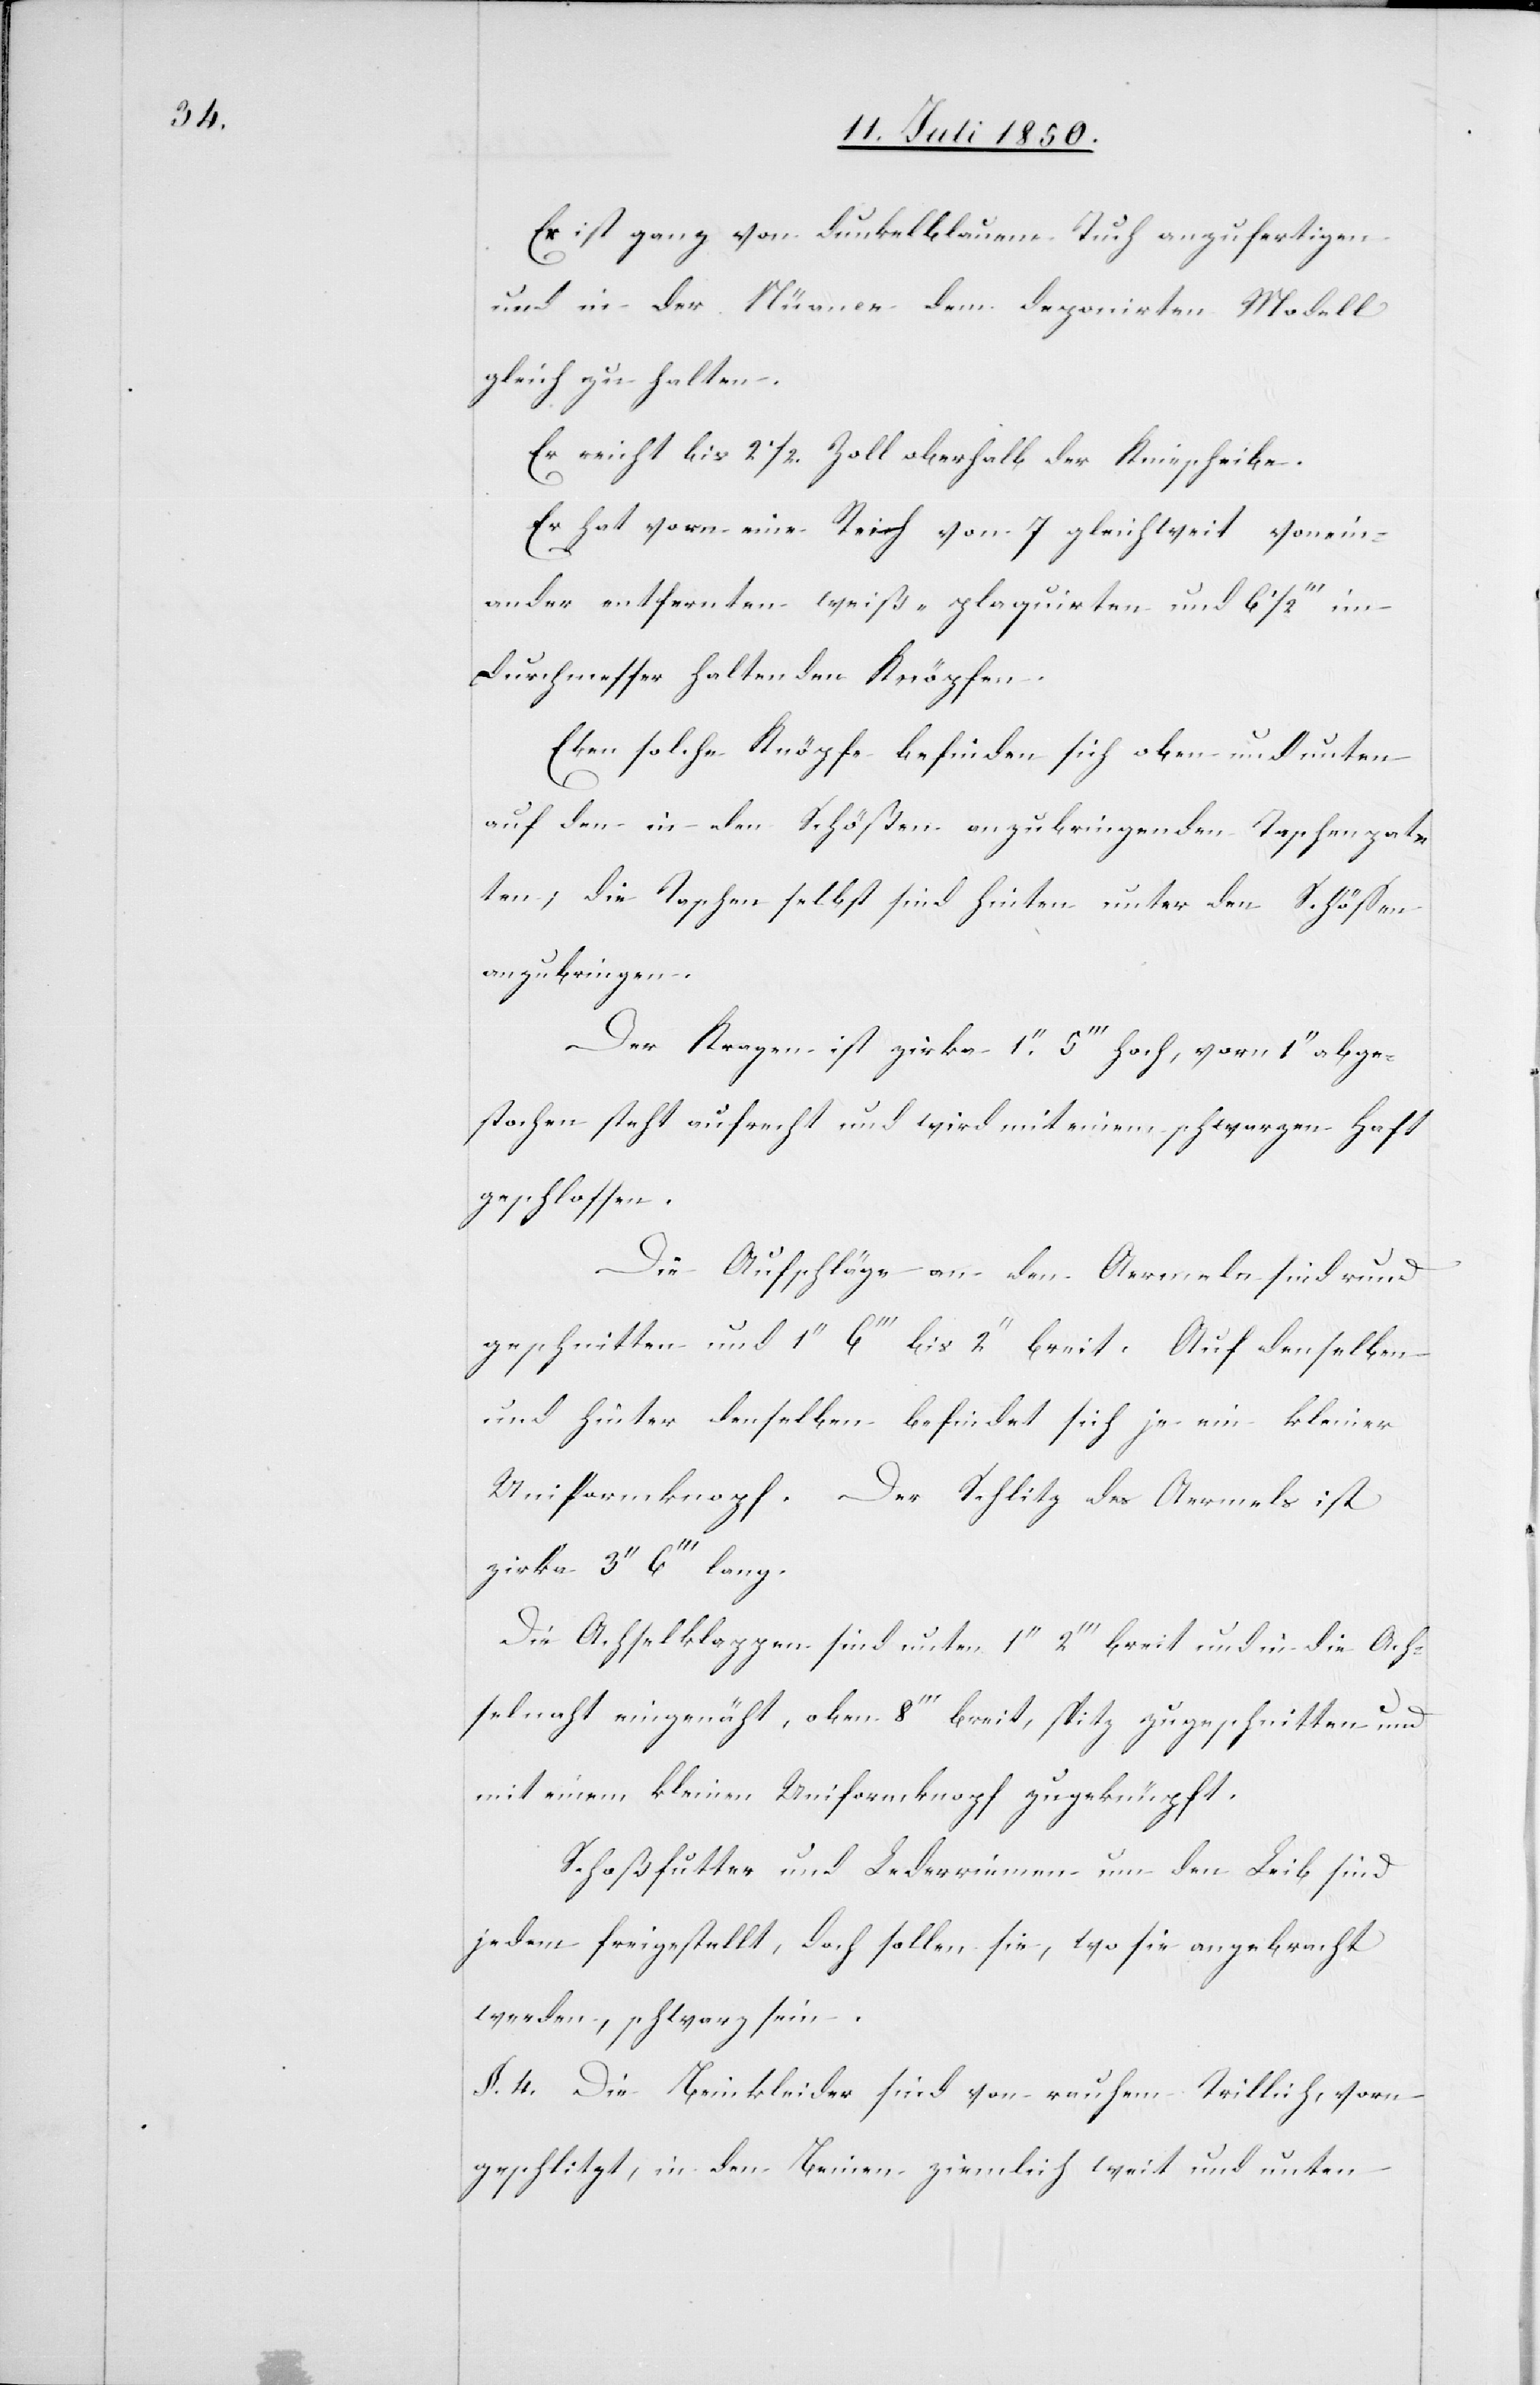
Es ist ganz von dunkelblauem Tuch anzufertigen
und in der Nüance dem deponirten Modell
gleich zu halten.
Er reicht bis 2 1/2. Zoll oberhalb der Kniescheibe.
Er hat vorn eine Reih von 7 gleichweit vonein¬
ander entfernten weiß-plaquirten und 6 1/2‘‘‘ im
Durchmesser haltenden Knöpfen.
Eben solche Knöpfe befinden sich oben und unten
auf den in den Schößen anzubringenden Taschenpat¬
ten; die Taschen selbst sind hinten unter den Schössen
anzubringen.
Der Kragen ist zirka 1.‘‘ 5‘‘‘ hoch, vorn 1‘‘ abge¬
stochen steht aufrecht und wird mit einem schwarzen Haft
geschlossen.
Die Aufschläge an den Aermeln sind rund
geschnitten und 1‘‘ 6‘‘‘ bis 2‘‘ breit. Auf denselben
und hinter denselben befindet sich je ein kleiner
Uniformknopf. Der Schlitz des Aermels ist
zirka 3‘‘ 6‘‘‘ lang.
Die Achselklappen sind unten 1‘‘ 2‘‘‘ breit und in die Ach¬
selnaht eingenäht, oben 8‘‘‘ breit, spitz zugeschnitten und
mit einem kleinen Uniformknopf zugeknüpft.
Schoßfutter und Lederriemen um den Leib sind
jedem freigestellt, doch sollen sie, wo sie angebracht
werden, schwarz sein.
§. 4. Die Beinkleider sind von rauhem Trillich, vorn
geschlitzt, in den Beinen ziemlich weit und unten